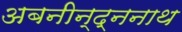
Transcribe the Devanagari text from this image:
अबनीन्द्ननाथ